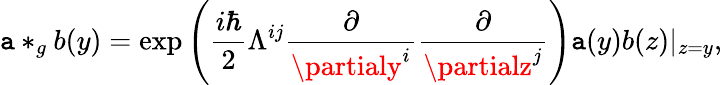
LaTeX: \mathtt{a}*_{g}b(y)=\exp\left(\frac{{i\hbar}}{2}\Lambda^{ij}\frac{\partial}{{\partialy^{i}}}\frac{\partial}{{\partialz^{j}}}\right)\mathtt{a}(y)b(z)|_{z=y},